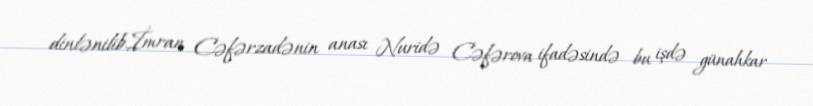
dinlənilib.İmran Cəfərzadənin anası Nuridə Cəfərova ifadəsində bu işdə günahkar